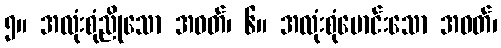
၅။ အလုံးစုံညိုသော အဝတ်၊ ၆။ အလုံးစုံမောင်းသော အဝတ်၊